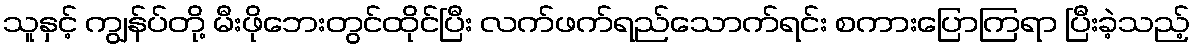
သူနှင့် ကျွန်ပ်တို့ မီးဖိုဘေးတွင်ထိုင်ပြီး လက်ဖက်ရည်သောက်ရင်း စကားပြောကြရာ ပြီးခဲ့သည့်